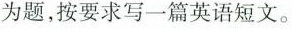
为题，按要求写一篇英语短文。